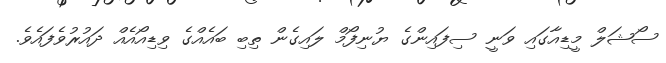
ސޯޝަލް މީޑިއާގައި ވަނީ ސިފައިންގެ ޔުނިފޯމް ލައިގެން ތިބި ބައެއްގެ ވިޑިއޯއެއް ދައުރުވެފައެވެ.